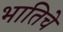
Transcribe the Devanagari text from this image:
भातिचे